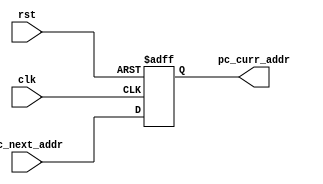
module program_counter(
	pc_next_addr, 
	clk, 
	rst, 
	pc_curr_addr
);

input		[31:0]	pc_next_addr;
input			clk;
input			rst;
output reg	[31:0]	pc_curr_addr;

always @(posedge clk, posedge rst) begin
	if (rst) begin
		pc_curr_addr <= 32'b0;
    end	else begin
		pc_curr_addr <= pc_next_addr;
	end
end

endmodule